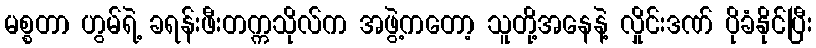
မစ္စတာ ဟွမ်ရဲ့ ခရန်းဖီးတက္ကသိုလ်က အဖွဲ့ကတော့ သူတို့အနေနဲ့ လှိုင်းဒဏ် ပိုခံနိုင်ပြီး